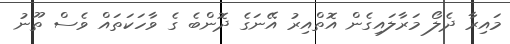
މައިރާ ދެލޯ މަރާލައިގެން އޮތްއިރު އޭނަގެ ދޮންބެ ގެ ވާހަކަތައް ވެސް ތޫނު